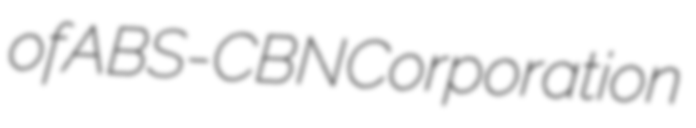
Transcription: of ABS-CBN Corporation